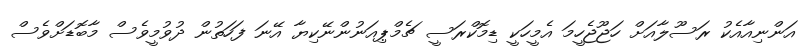
އަންނިއާއެކު ރަސޫލާއަށް ހަޖޫޖެހީމަ އެމީހަކީ ޑިމޮކްރަސީ ޗެމްޕިއަނުންނޭކިޔާ އޭނަ ފަހަތުން ދުވުމީވެސް މާބޮޑަށްވެސް